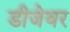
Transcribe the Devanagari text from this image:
डीजेवर